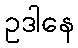
ဥဒါနေ